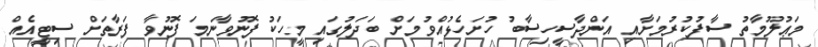
މަޢުލޫމާތު ސާފުކުރުމަށާއި އަންދާސީހިސާބު ހުށަހެޅުއްވުމަށް ބަދަލުގައި މީހަކު ފޮނުވާނަމަ ފޮނުވާ ފަރާތަށް ސިޓީއެއް